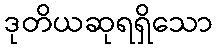
ဒုတိယဆုရရှိသော